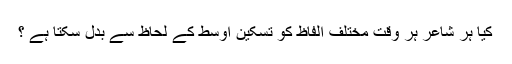
کیا ہر شاعر ہر وقت مختلف الفاظ کو تسکین اوسط کے لحاظ سے بدل سکتا ہے ؟